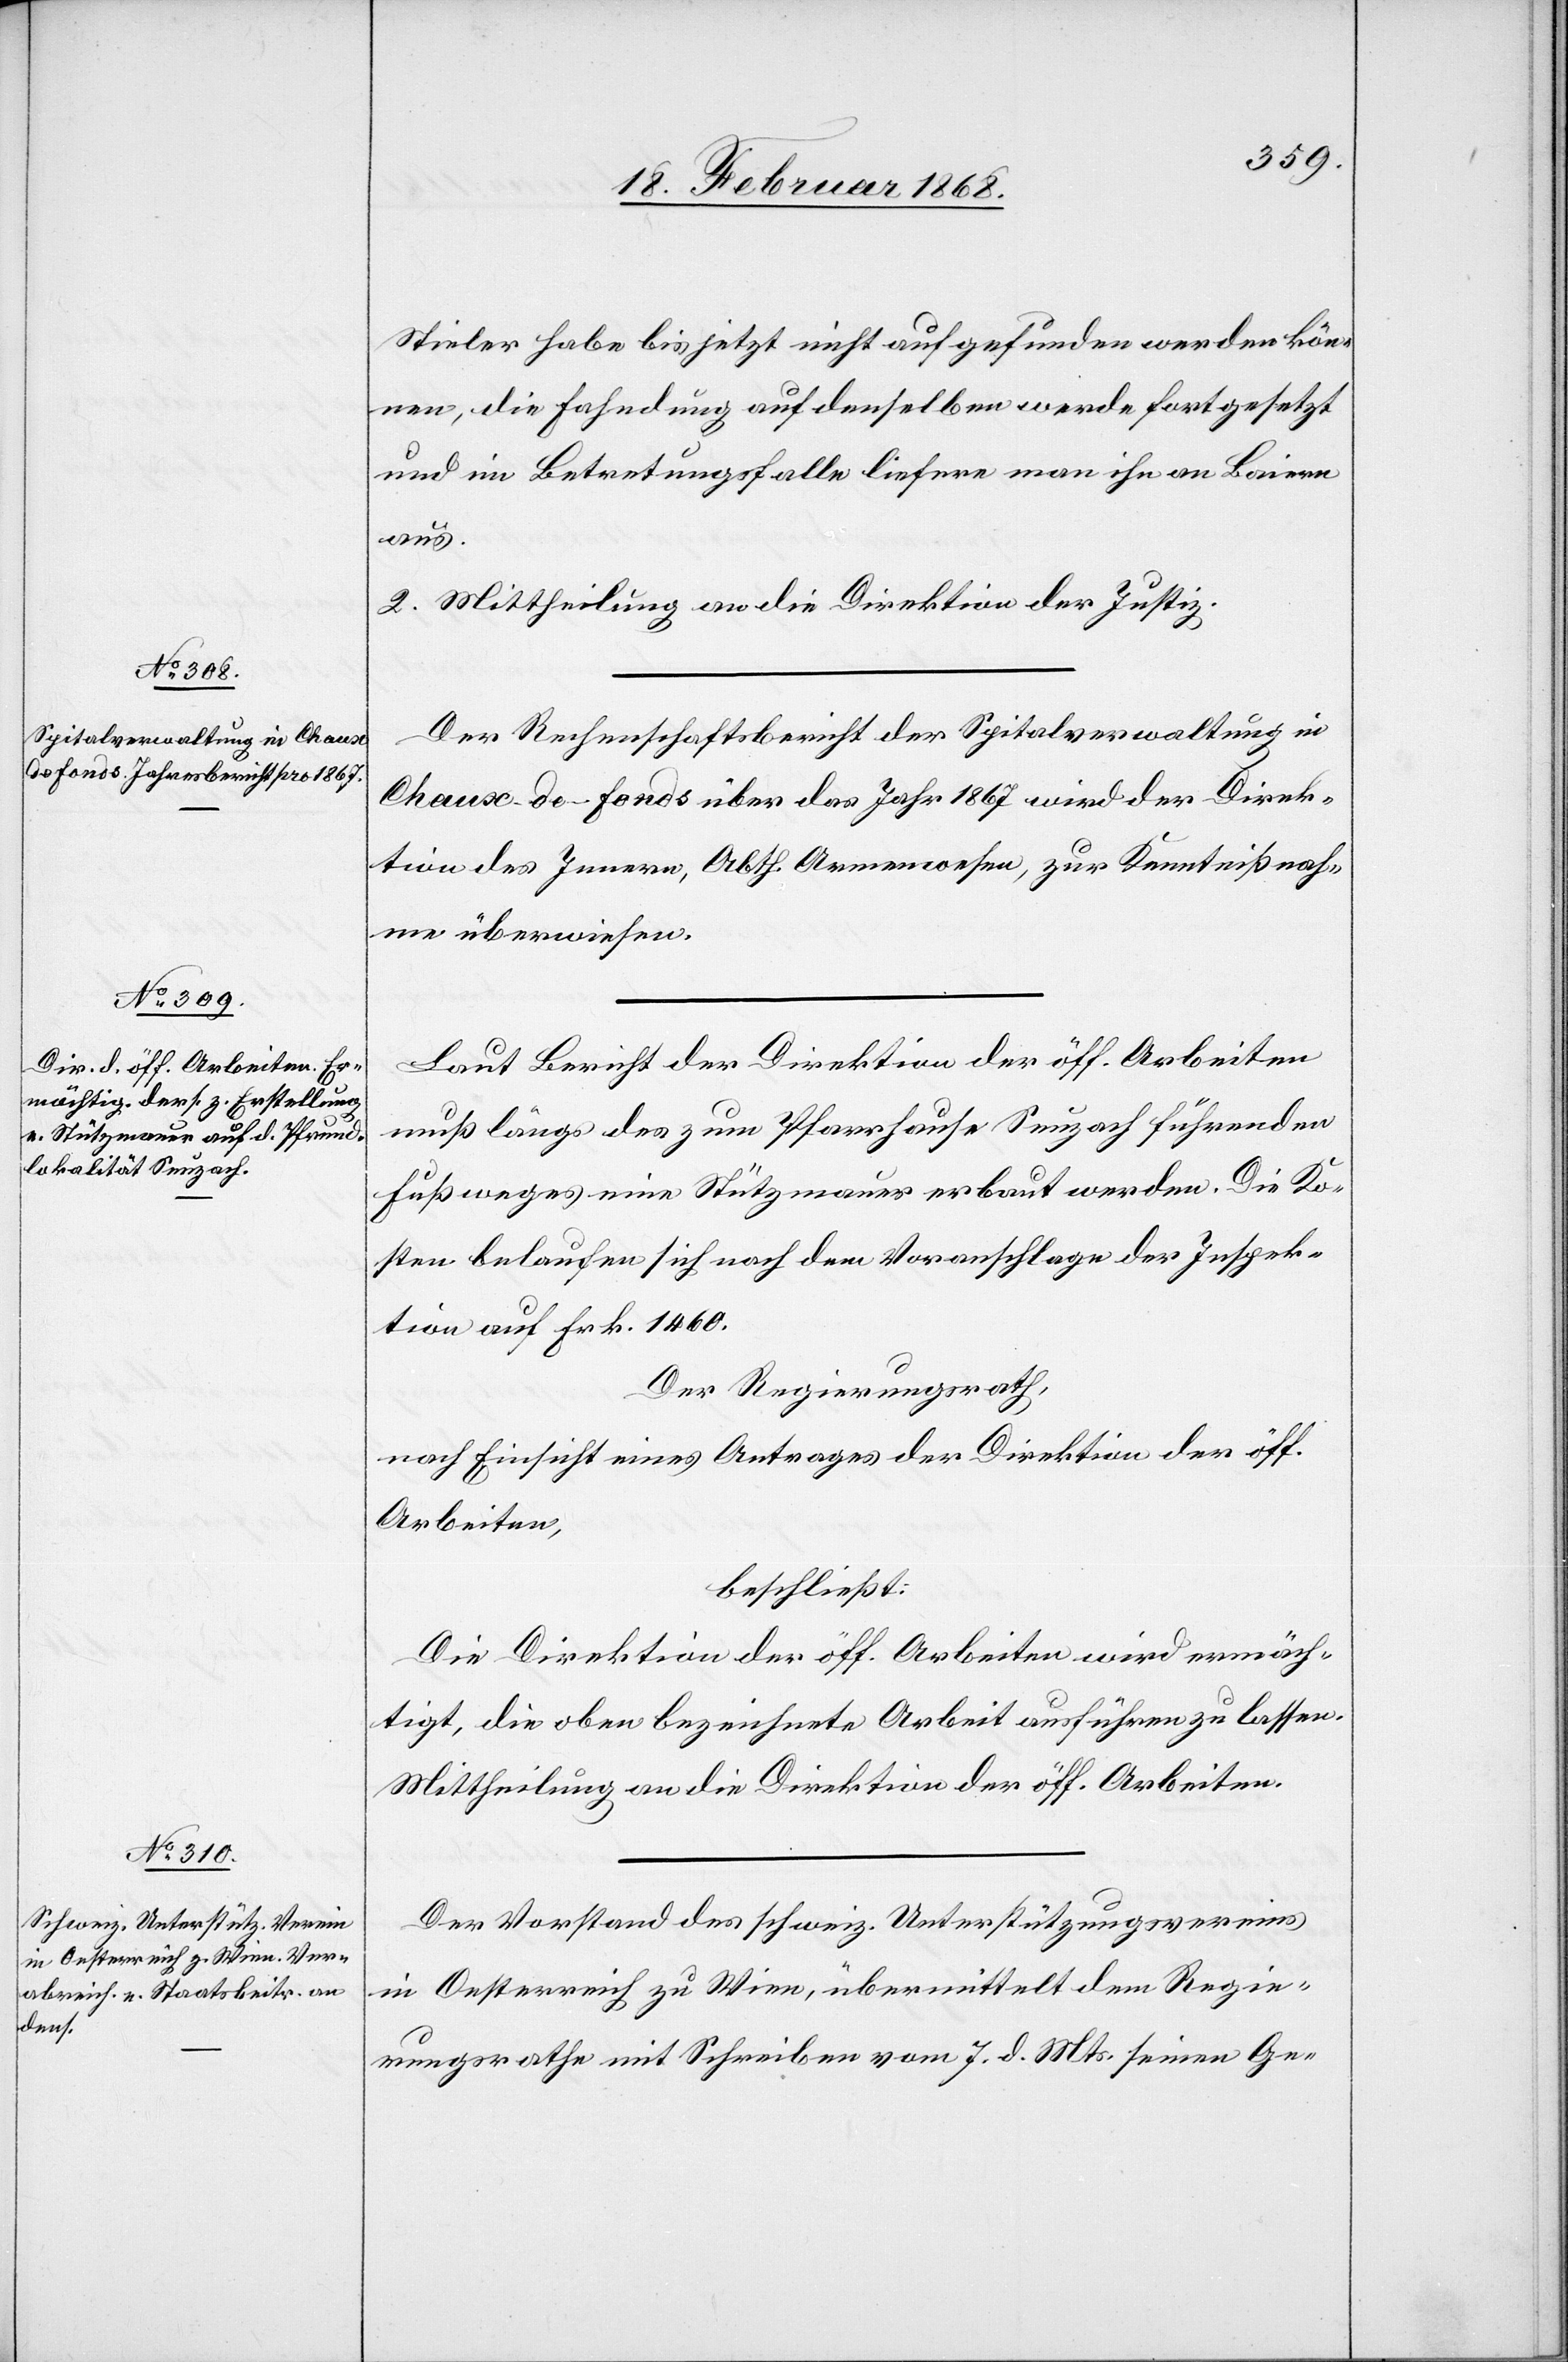
Stieler habe bis jetzt nicht aufgefunden werden kön¬
nen, die Fahndung auf denselben werde fortgesetzt
und im Betretungsfalle liefere man ihn an Baiern
aus.
2. Mittheilung an die Direktion der Justiz.
Der Rechenschaftsbericht der Spitalverwaltung in
Chaux-de-Fonds über das Jahr 1867 wird der Direk¬
tion des Innern, Abth. Armenwesen, zur Kenntnißnah¬
me überwiesen.
Laut Bericht der Direktion der öff. Arbeiten
muß längs des zum Pfarrhause Seuzach führenden
Fußweges eine Stützmauer erbaut werden. Die Ko¬
sten belaufen sich nach dem Voranschlage der Inspek¬
tion auf Frk. 1460.
Der Regierungsrath,
nach Einsicht eines Antrages der Direktion der öff.
Arbeiten,
beschließt:
Die Direktion der öff. Arbeiten wird ermäch¬
tigt, die oben bezeichnete Arbeit ausführen zu lassen.
Mittheilung an die Direktion der öff. Arbeiten.
Der Vorstand des schweiz. Unterstützungsvereins
in Oesterreich zu Wien, übermittelt dem Regie¬
rungsrathe mit Schreiben vom 7. d. Mts. seinen Ge-